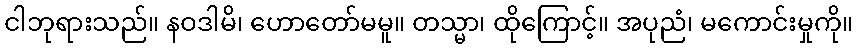
ငါဘုရားသည်။ နဝဒါမိ၊ ဟောတော်မမူ။ တသ္မာ၊ ထိုကြောင့်။ အပုညံ၊ မကောင်းမှုကို။